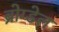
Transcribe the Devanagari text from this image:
ब्रोग्डेल